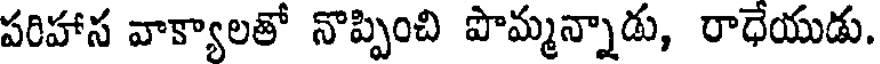
పరిహాస వాక్యాలతో నొప్పించి పొమ్మన్నాడు, రాధేయుడు.